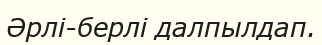
Әрлі-берлі далпылдап.